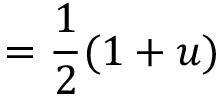
= { \frac { 1 } { 2 } } ( 1 + u )